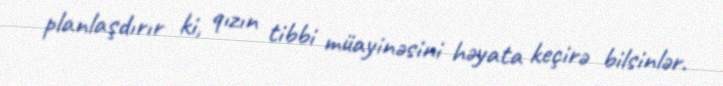
planlaşdırır ki, qızın tibbi müayinəsini həyata keçirə bilsinlər.